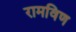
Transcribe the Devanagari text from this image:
रामविण